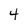
Character: 4